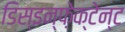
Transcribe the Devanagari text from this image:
डिस्इन्फ़ेक्टेन्ट